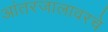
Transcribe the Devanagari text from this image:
आंतरजालावरचे